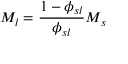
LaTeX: M _ { l } = { \frac { 1 - \phi _ { s l } } { \phi _ { s l } } } M _ { s }